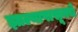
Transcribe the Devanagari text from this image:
झाल्यापासूनचे